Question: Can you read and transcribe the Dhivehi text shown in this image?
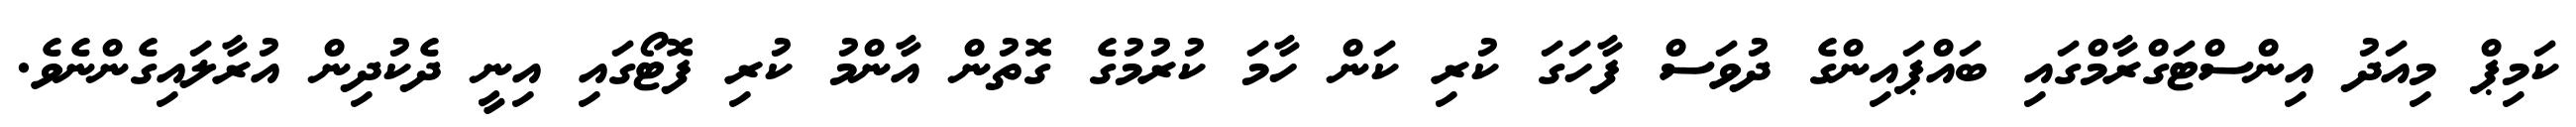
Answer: ކަމިޕް މިއަދު އިންސްޓަގްރާމްގައި ބައްޕައިންގެ ދުވަސް ފާހަގަ ކުރި ކަން ހާމަ ކުރުމުގެ ގޮތުން އާންމު ކުރި ފޮޓޯގައި އިނީ ދެކުދިން އުރާލައިގެންނެވެ.